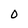
Character: O